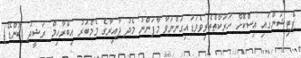
ޕެޓިޝަންގައި އިސްކޮށް ހަރަކާތްތެރިވެވަޑައިގަންނަވާ މާފަންނު މެދު ދާއިރާގެ މެމްބަރު އިބްރާހިމް ރަޝީދު (ބޮންޑޭ)